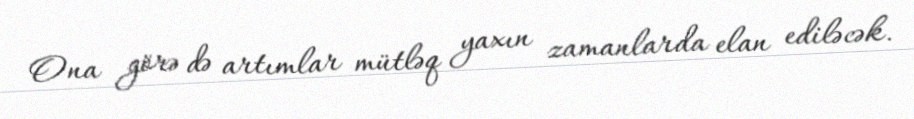
Ona görə də artımlar mütləq yaxın zamanlarda elan ediləcək.